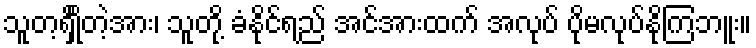
သူတ့ရှိုိတဲ့အား၊ သူတို့ ခံနိုင်ရည် အင်အားထက် အလုပ် ပိုမလုပ်နိုကြဘူး။